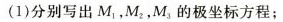
(1)分别写出M_{1},M_{2},M_{3}的极坐标方程；